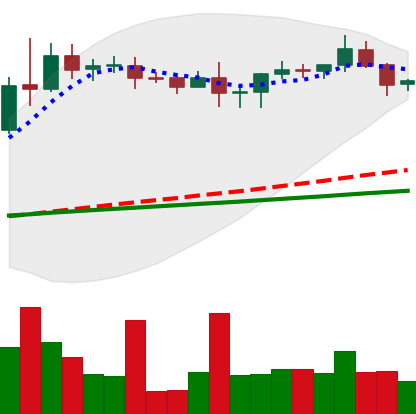
Ticker: XRP-USD
Chart end date: 2020-08-20
Forward return: -5.006%
Label: down_5_7